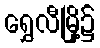
ရွှေလီမြို့၌